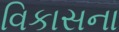
વિકાસના